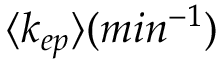
\langle k _ { e p } \rangle ( m i n ^ { - 1 } )